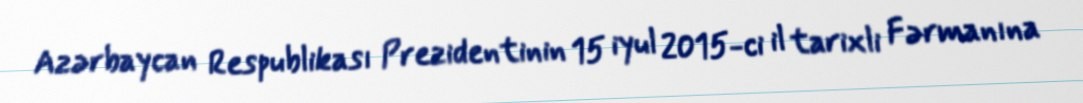
Azərbaycan Respublikası Prezidentinin 15 iyul 2015-ci il tarixli Fərmanına